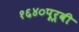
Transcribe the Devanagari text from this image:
१६४०पूर्वी